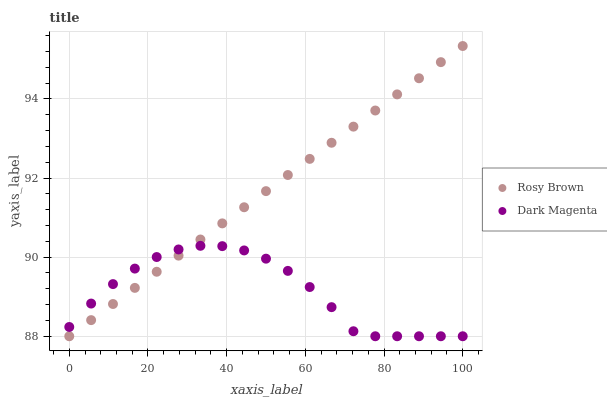
| xaxis_label | Rosy Brown | Dark Magenta |
 | --- | --- | --- |
 | 0 | 88 | 88.2 |
 | 5.56 | 88.4 | 88.8 |
 | 11.1 | 88.8 | 89.3 |
 | 16.7 | 89.2 | 89.7 |
 | 22.2 | 89.6 | 90 |
 | 27.8 | 90 | 90.2 |
 | 33.3 | 90.4 | 90.3 |
 | 38.9 | 90.9 | 90.3 |
 | 44.4 | 91.3 | 90.2 |
 | 50 | 91.7 | 90 |
 | 55.6 | 92.1 | 89.7 |
 | 61.1 | 92.5 | 89.2 |
 | 66.7 | 92.9 | 88.7 |
 | 72.2 | 93.3 | 88.1 |
 | 77.8 | 93.7 | 88 |
 | 83.3 | 94.1 | 88 |
 | 88.9 | 94.5 | 88 |
 | 94.4 | 94.9 | 88 |
 | 100 | 95.3 | 88 |